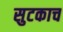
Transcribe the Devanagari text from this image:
सुटकाच